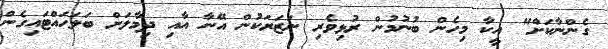
ގެންނާކަށް" އީކާ މިހެން ބުނުމުން ރުޅިވެރި ނަޒަރަކުން އޭނާ އާއި ދިމާލަށް ބަލަހައްޓައިގެން